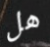
هل